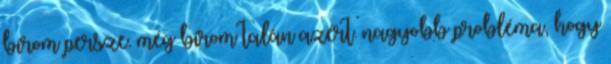
bírom persze. még bírom talán azért. nagyobb probléma, hogy